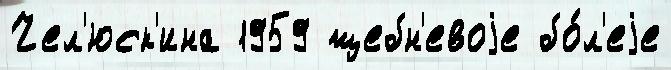
Чел'юск'ина 1959 щебн'евоjе бо́л'еjе